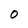
Character: O